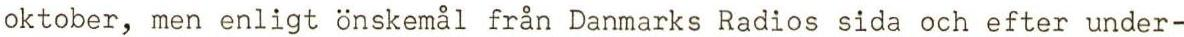
oktober, men enligt önskemål från Danmarks Radios sida och efter under-